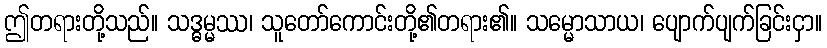
ဤတရားတို့သည်။ သဒ္ဓမ္မဿ၊ သူတော်ကောင်းတို့၏တရား၏။ သမ္မောသာယ၊ ပျောက်ပျက်ခြင်းငှာ။